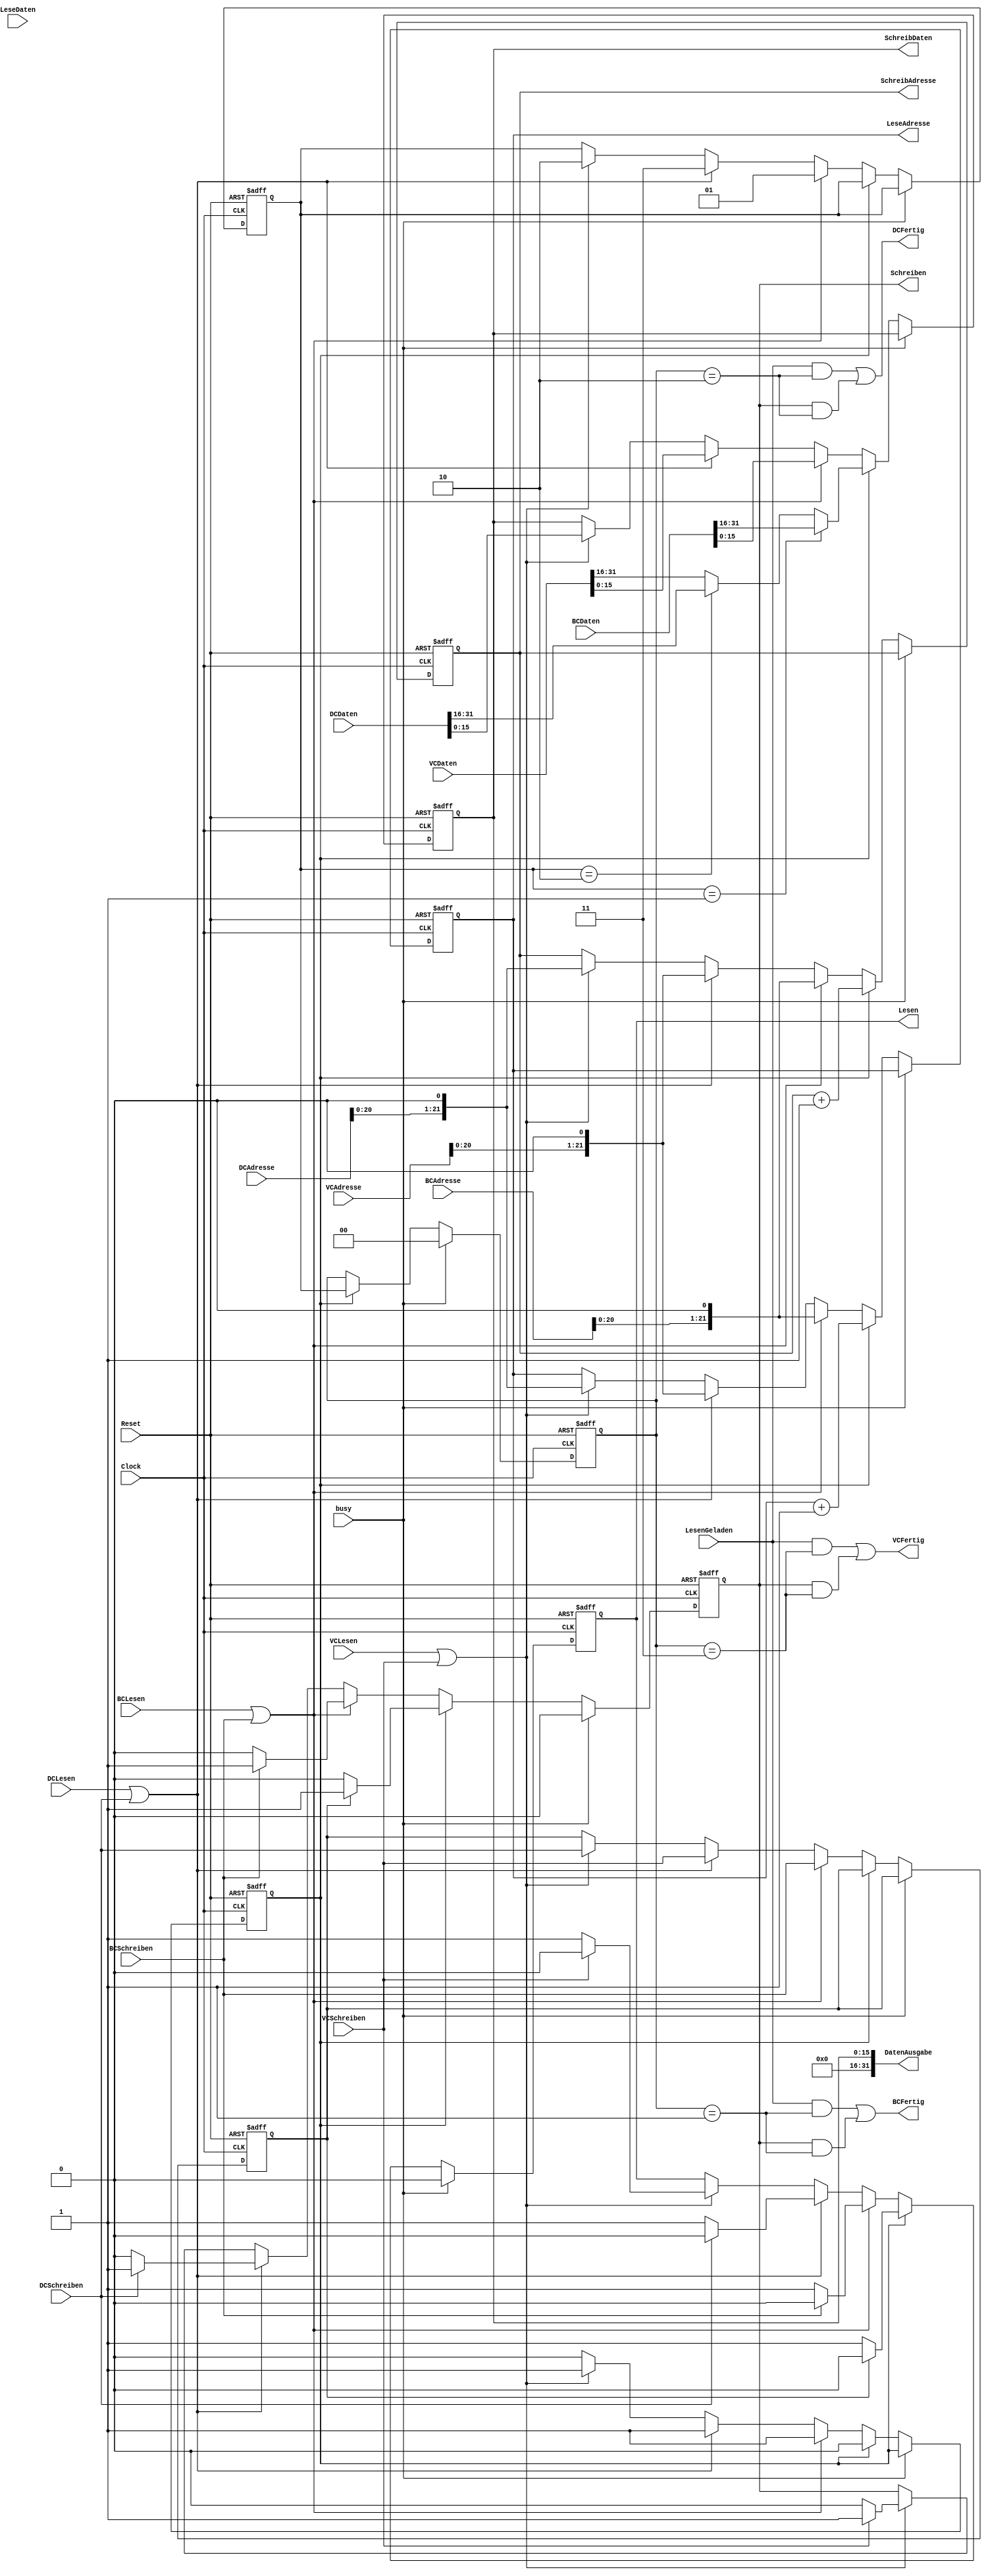
module RAMSteuerung (
    input Clock,
    input Reset,
    //Ein und Ausgabe an Caches//////////////////////

    //Addresse von den Daten
    input [22:0] BCAdresse,
    input [22:0] DCAdresse,
    input [22:0] VCAdresse,

    //Daten
    input [31:0] BCDaten,
    input [31:0] DCDaten,
    input [31:0] VCDaten,
    
    //Ob ein Lese Signal anliegt
    input BCLesen,
    input DCLesen,
    input VCLesen,

    //Ob ein Schreib Signal anliegt
    input BCSchreiben,
    input DCSchreiben,
    input VCSchreiben,

    //Daten fertig geladen 
    output BCFertig,
    output DCFertig,
    output VCFertig,
    
    //Gibt die Geladenen Daten Weiter
    output [31:0] DatenAusgabe,

    //Ein und Ausgabe an SDRAM Controller
    output reg [21:0] SchreibAdresse,
    output reg [15:0] SchreibDaten,
    output reg Schreiben,
    output reg [21:0] LeseAdresse,
    input [15:0] LeseDaten,
    output reg Lesen,
    input LesenGeladen,
    input busy);

    localparam BefehlsCache     = 2'b01;
    localparam DatenCache       = 2'b10;
    localparam GrafikCache      = 2'b11;

    reg [1:0] BearbeitungsCache = 2'b00; //Angabe welche Cache gerade bearbeitet wird
    reg [1:0] Ergebniss = 2'b00;
    reg Bearbeitung = 0; // 0: Bits[15:0] 1: Bits[31:16]
    reg LesenOderSchreiben = 0; // 0:Lesen 1: Schreiben

    always @ (posedge Clock or posedge Reset) begin
        if (Reset) begin
            BearbeitungsCache = 0;
            Ergebniss = 0;
            Bearbeitung = 0;
            LesenOderSchreiben = 0;
            SchreibAdresse = 0;
            SchreibDaten = 0;
            Schreiben = 0;
            LeseAdresse = 0;
            Lesen = 0;
        end
        else if(!busy) begin
            if(!Bearbeitung) begin
                if(BCLesen || BCSchreiben) begin
                    SchreibAdresse <= {BCAdresse,1'b0};  
                    SchreibDaten <= BCDaten[15:0];
                    LeseAdresse <= {BCAdresse,1'b0}; 
                    LesenOderSchreiben <= BCSchreiben;
                    if(BCSchreiben == 1) begin
                        Schreiben <= 1;
                        Lesen <= 0;
                    end else begin
                        Schreiben <= 0;
                        Lesen <= 1;
                    end
                    BearbeitungsCache <= BefehlsCache;
                    Bearbeitung <= 1;
                end
                else if (DCLesen || DCSchreiben) begin
                    SchreibAdresse <= {VCAdresse,1'b0};  
                    SchreibDaten <= VCDaten[15:0];
                    LeseAdresse <= {VCAdresse,1'b0}; 
                    LesenOderSchreiben <= VCSchreiben;
                    if(DCSchreiben == 1) begin
                        Schreiben <= 1;
                        Lesen <= 0;
                    end else begin
                        Schreiben <= 0;
                        Lesen <= 1;
                    end
                    BearbeitungsCache <= GrafikCache;
                    Bearbeitung <= 1;
                end
                else if (VCLesen || VCSchreiben) begin
                    SchreibAdresse <= {DCAdresse,1'b0};  
                    SchreibDaten <= DCDaten[15:0];
                    LeseAdresse <= {DCAdresse,1'b0}; 
                    LesenOderSchreiben <= DCSchreiben;
                    if(VCSchreiben == 1) begin
                        Schreiben <= 1;
                        Lesen <= 0;
                    end else begin
                        Schreiben <= 0;
                        Lesen <= 1;
                    end
                    BearbeitungsCache <= DatenCache;
                    Bearbeitung <= 1;
                end else begin
                    Bearbeitung <= 0;
                end
            end
            else begin
                if(LesenOderSchreiben == 0) begin
                    Lesen <= 1;
                    Schreiben <= 0;
                end else begin
                    Schreiben <= 1;
                    Lesen <= 0;
                end
                SchreibAdresse <= SchreibAdresse+1;
                LeseAdresse <= LeseAdresse+1;
                Ergebniss <= BearbeitungsCache;
                if(BearbeitungsCache == 2'b01)
                    SchreibDaten <= BCDaten[31:16];
                else if(BearbeitungsCache == 2'b10)
                    SchreibDaten <= DCDaten[31:16];
                else 
                    SchreibDaten <= VCDaten[31:16];
                Bearbeitung = 0;
            end
        end
        else begin
             Lesen <= 0;
             Schreiben <= 0;
             Ergebniss <= 0;
        end
    end


    assign DatenAusgabe = SchreibDaten;

    assign BCFertig = (LesenGeladen && (Ergebniss == BefehlsCache)) || (Schreiben && (Ergebniss == BefehlsCache));
    assign DCFertig = (LesenGeladen && (Ergebniss == DatenCache)) || (Schreiben && (Ergebniss == DatenCache));
    assign VCFertig = (LesenGeladen && (Ergebniss == GrafikCache)) || (Schreiben && (Ergebniss == GrafikCache));


    


endmodule